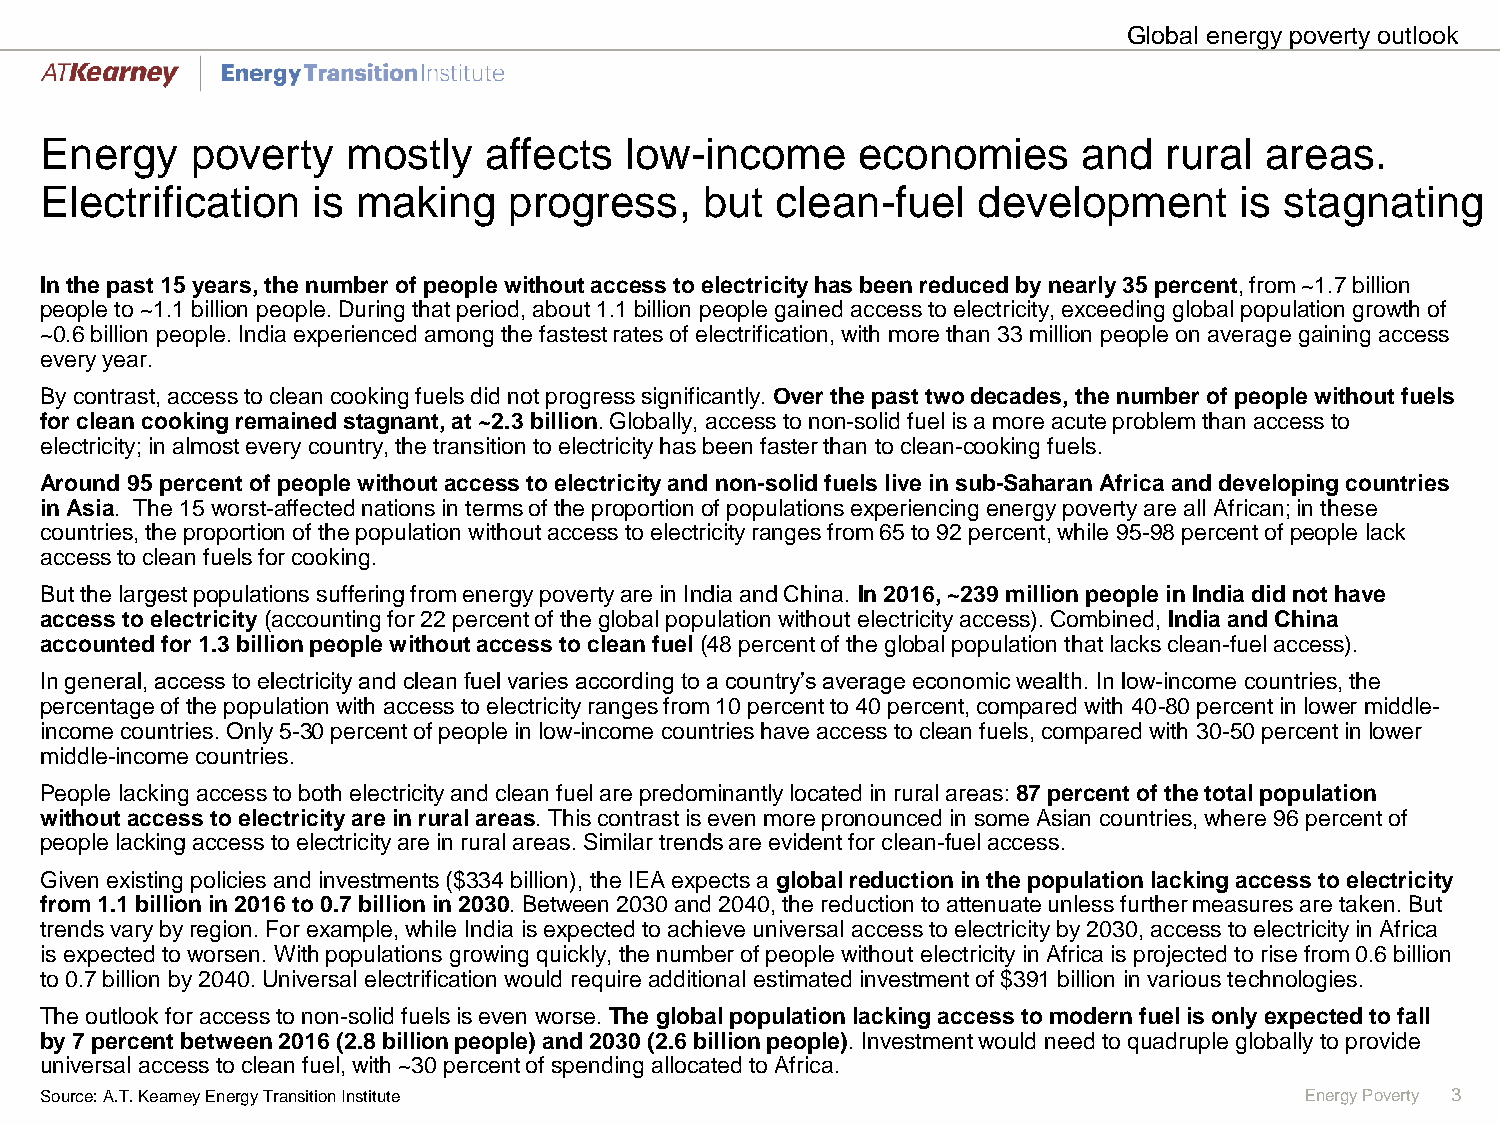
Global energy poverty outlook
 Energy    poverty   mostly   affects  low-income      economies      and  rural  areas.
 Electrification   is making    progress,    but clean-fuel    development      is stagnating
 In the past 15 years, the number of people without access to electricity has been reduced by nearly 35 percent, from ~1.7 billion
 people to ~1.1 billion people. During that period, about 1.1 billion people gained access to electricity, exceeding global population growth of
 ~0.6 billion people. India experienced among the fastest rates of electrification, with more than 33 million people on average gaining access
 every year.
 By contrast, access to clean cooking fuels did not progress significantly. Over the past two decades, the number of people without fuels
 for clean cooking remained stagnant, at ~2.3 billion. Globally, access to non-solid fuel is a more acute problem than access to
 electricity; in almost every country, the transition to electricity has been faster than to clean-cooking fuels.
 Around 95 percent of people without access to electricity and non-solid fuels live in sub-Saharan Africa and developing countries
 in Asia. The 15 worst-affected nations in terms of the proportion of populations experiencing energy poverty are all African; in these
 countries, the proportion of the population without access to electricity ranges from 65 to 92 percent, while 95-98 percent of people lack
 access to clean fuels for cooking.
 But the largest populations suffering from energy poverty are in India and China. In 2016, ~239 million people in India did not have
 access to electricity (accounting for 22 percent of the global population without electricity access). Combined, India and China
 accounted for 1.3 billion people without access to clean fuel (48 percent of the global population that lacks clean-fuel access).
 In general, access to electricity and clean fuel varies according to a country’s average economic wealth. In low-income countries, the
 percentage of the population with access to electricity ranges from 10 percent to 40 percent, compared with 40-80 percent in lower middle-
 income countries. Only 5-30 percent of people in low-income countries have access to clean fuels, compared with 30-50 percent inlower
 middle-income countries.
 People lacking access to both electricity and clean fuel are predominantly located in rural areas: 87 percent of the total population
 without access to electricity are in rural areas. This contrast is even more pronounced in some Asian countries, where 96 percent of
 people lacking access to electricity are in rural areas. Similar trends are evident for clean-fuel access.
 Given existing policies and investments ($334 billion), the IEA expects a global reduction in the population lacking access to electricity
 from 1.1 billion in 2016 to 0.7 billion in 2030. Between 2030 and 2040, the reduction to attenuate unless further measures are taken. But
 trends vary by region. For example, while India is expected to achieve universal access to electricity by 2030, access to electricity in Africa
 is expected to worsen. With populations growing quickly, the number of people without electricity in Africa is projected to risefrom 0.6 billion
 to 0.7 billion by 2040. Universal electrification would require additional estimated investment of $391 billion in various technologies.
 The outlook for access to non-solid fuels is even worse. The global population lacking access to modern fuel is only expected to fall
 by 7 percent between 2016 (2.8 billion people) and 2030 (2.6 billion people). Investment would need to quadruple globally to provide
 universal access to clean fuel, with ~30 percent of spending allocated to Africa.
 Source: A.T.Kearney Energy Transition Institute                                    Energy Poverty 3